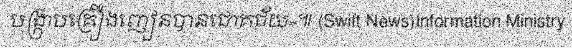
បង្ក្រាបគ្រឿងញៀនបានជោគជ័យ»៕ (Swift News)Information Ministry